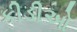
કીડીઓ